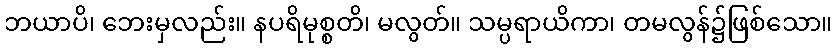
ဘယာပိ၊ ဘေးမှလည်း။ နပရိမုစ္စတိ၊ မလွတ်။ သမ္ပရာယိကာ၊ တမလွန်၌ဖြစ်သော။